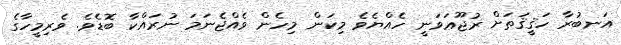
އަނބުރާ ހަޤީޤަތަށް ރުޖޫޢަވަނީ ހެއްޔެވެ މިކަން މިހެން ވެއްޖެނަމަ ނުރައްކާ ބޮޑެވެ. ވެރިމީހާގެ